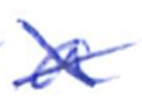
Text: a
Cross-out: cross
Writing tool: ballpoint